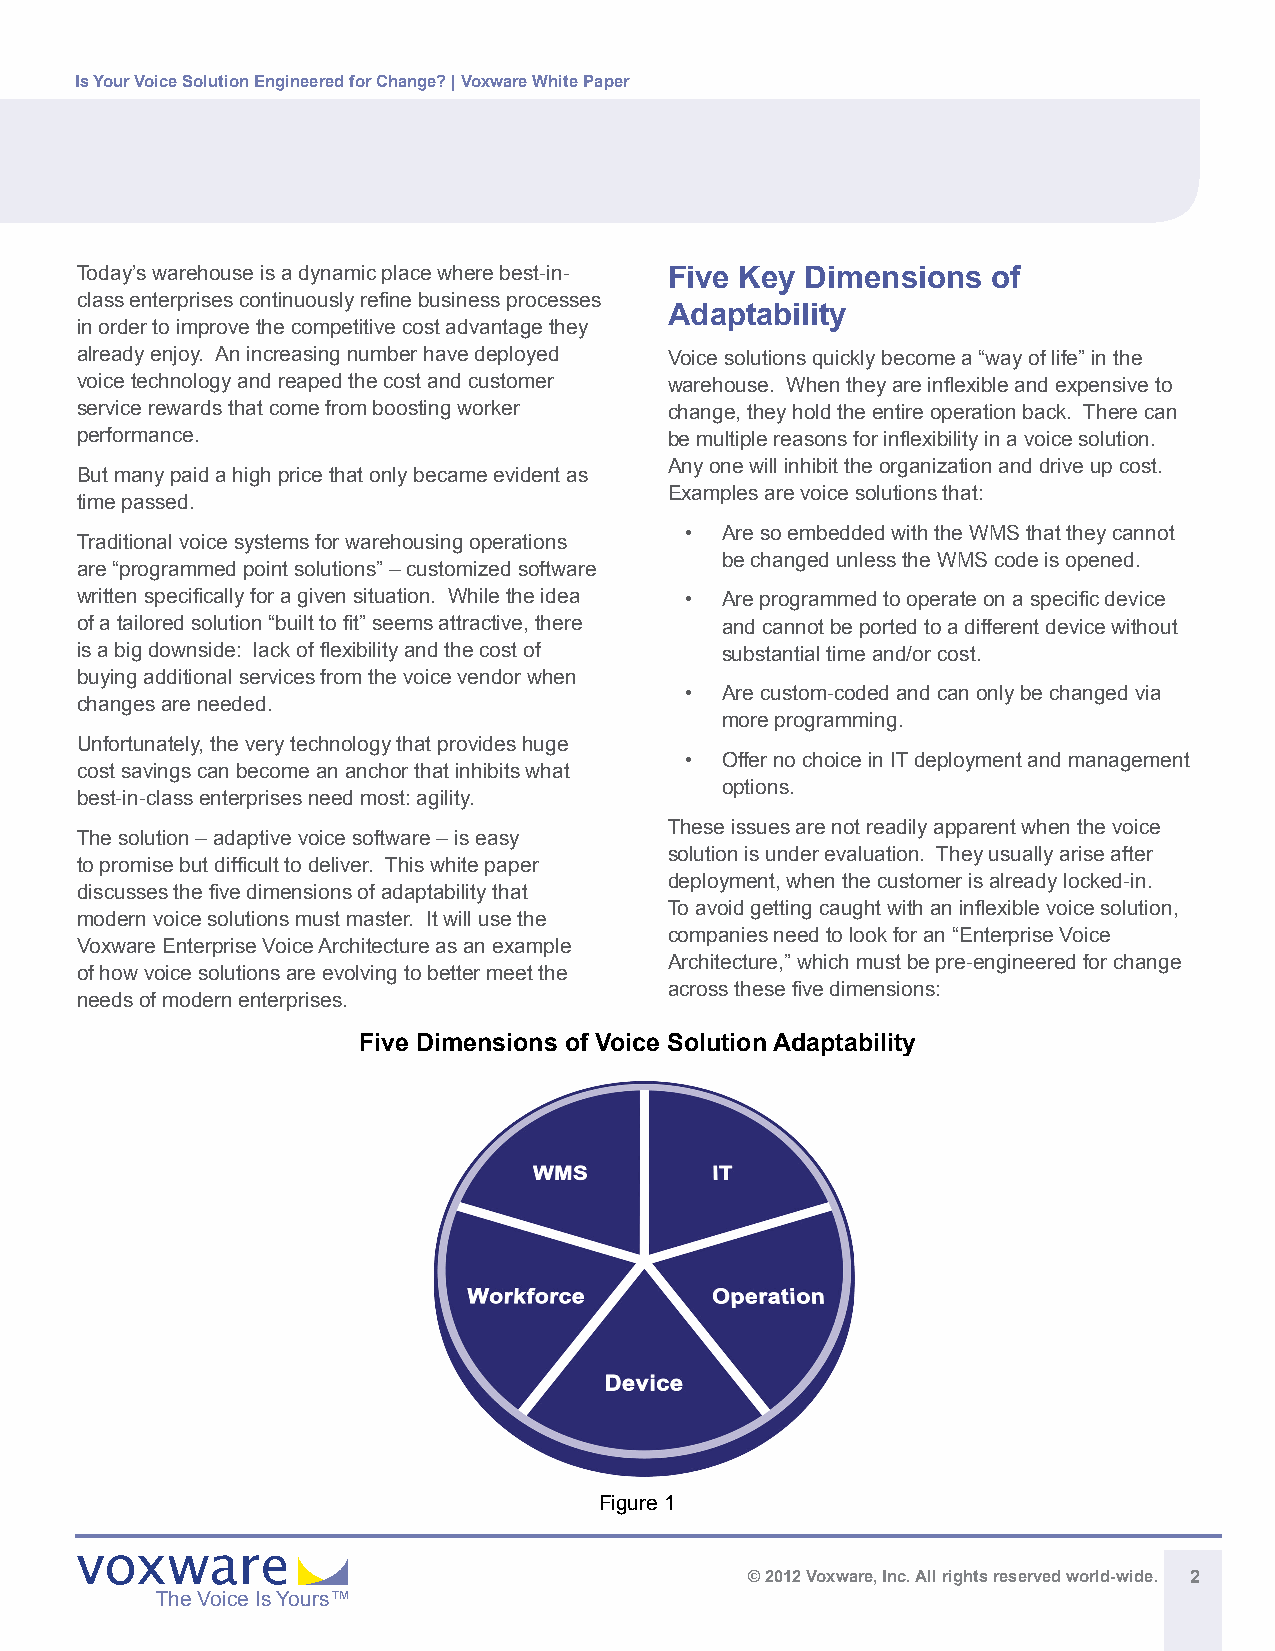
Is Your Voice Solution Engineered for Change? | Voxware White Paper
 Today’s warehouse is a dynamic place where best-in- Five Key Dimensions of
 class enterprises continuously refine business processes
 Adaptability
 in order to improve the competitive cost advantage they
 already enjoy. An increasing number have deployed Voice solutions quickly become a “way of life” in the
 voice technology and reaped the cost and customer warehouse. When they are inflexible and expensive to
 service rewards that come from boosting worker change, they hold the entire operation back. There can
 performance.                           be multiple reasons for inflexibility in a voice solution.
 Any one will inhibit the organization and drive up cost.
 But many paid a high price that only became evident as
 Examples are voice solutions that:
 time passed.
 •  Are so embedded with the WMS that they cannot
 Traditional voice systems for warehousing operations
 be changed unless the WMS code is opened.
 are “programmed point solutions” – customized software
 written specifically for a given situation. While the idea • Are programmed to operate on a specific device
 of a tailored solution “built to fit” seems attractive, there and cannot be ported to a different device without
 is a big downside: lack of flexibility and the cost of substantial time and/or cost.
 buying additional services from the voice vendor when
 •  Are custom-coded and can only be changed via
 changes are needed.
 more programming.
 Unfortunately, the very technology that provides huge
 •  Offer no choice in IT deployment and management
 cost savings can become an anchor that inhibits what
 options.
 best-in-class enterprises need most: agility.
 These issues are not readily apparent when the voice
 The solution – adaptive voice software – is easy
 solution is under evaluation. They usually arise after
 to promise but difficult to deliver. This white paper
 deployment, when the customer is already locked-in.
 discusses the five dimensions of adaptability that
 To avoid getting caught with an inflexible voice solution,
 modern voice solutions must master. It will use the
 companies need to look for an “Enterprise Voice
 Voxware Enterprise Voice Architecture as an example
 Architecture,” which must be pre-engineered for change
 of how voice solutions are evolving to better meet the
 across these five dimensions:
 needs of modern enterprises.
 Five Dimensions of Voice Solution Adaptability
 Figure 1
 © 2012 Voxware, Inc. All rights reserved world-wide. 2
 The Voice Is Yours™